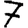
Digit: 7